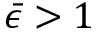
\bar { \epsilon } > 1